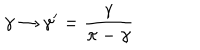
LaTeX: \gamma \to \gamma ^ { \prime } = \frac { \gamma } { \pi - \gamma }